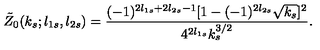
\tilde { Z } _ { 0 } ( k _ { s } ; l _ { 1 s } , l _ { 2 s } ) = \frac { ( - 1 ) ^ { 2 l _ { 1 s } + 2 l _ { 2 s } - 1 } [ 1 - ( - 1 ) ^ { 2 l _ { 2 s } } \sqrt { k _ { s } } ] ^ { 2 } } { 4 ^ { 2 l _ { 1 s } } k _ { s } ^ { 3 / 2 } } .